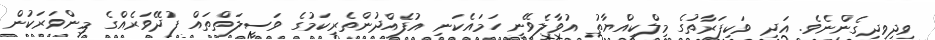
ވިދިވިދިގެންނެވެ. އަދި ވަކިފަރާތުގެ މިލްކިއްޔާތު އުވާލެވޭނީ ހަމައެކަނި އުފެއްދުންތެރިކަމުގެ ވަސީލަތްތައް ފުދޭވަރެއްގެ މިންވަރަކުން